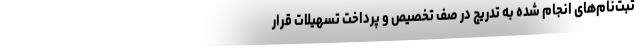
ثبت‌نام‌های انجام شده به تدریج در صف تخصیص و پرداخت تسهیلات قرار